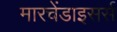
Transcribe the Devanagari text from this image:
मारचेंडाइसर्स